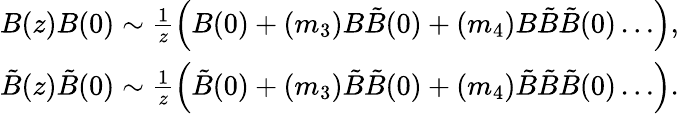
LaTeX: \begin{array}{r}{B(z)B(0)\sim\frac{1}{z}\left(B(0)+(m_{3})B\tilde{B}(0)+(m_{4})B\tilde{B}\tilde{B}(0)\dots\right),}\\ {\tilde{B}(z)\tilde{B}(0)\sim\frac{1}{z}\left(\tilde{B}(0)+(m_{3})\tilde{B}\tilde{B}(0)+(m_{4})\tilde{B}\tilde{B}\tilde{B}(0)\dots\right).}\end{array}